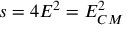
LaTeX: s = 4 E ^ { 2 } = E _ { C M } ^ { 2 }